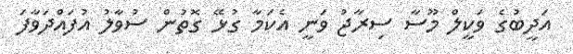
އަދީބުގެ ވަކީލް މޫސާ ސިރާޖު ވަނީ އެކަމާ ގުޅޭ ގޮތުން ސުވާލު އުފައްދަވާފަ